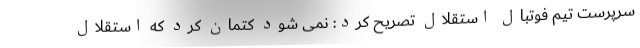
سرپرست تیم فوتبال استقلال تصریح کرد: نمی شود کتمان کرد که استقلال